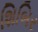
શિબિર